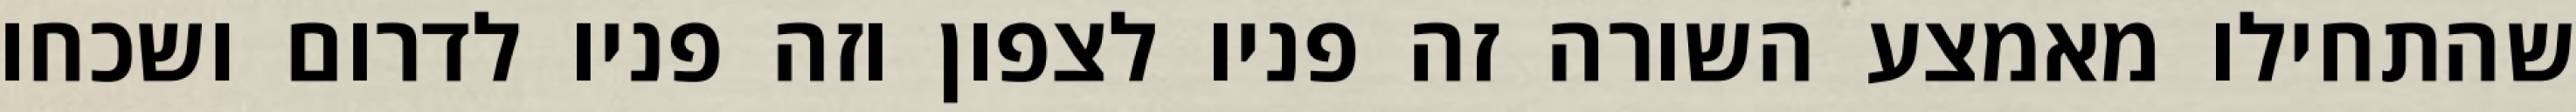
שהתחילו מאמצע השורה זה פניו לצפון וזה פניו לדרום ושכחו